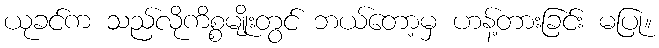
ယုခင်က သည်လိုကိစ္စမျိုးတွင် ဘယ်တော့မှ ဟန့်တားခြင်း မပြု။